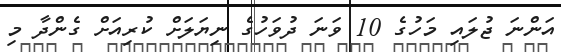
އަންނަ ޖުލައި މަހުގެ 10 ވަނަ ދުވަހުގެ ނިޔަލަށް ކުރިއަށް ގެންދާ މި